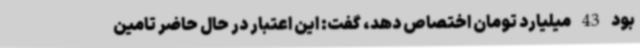
بود 43 میلیارد تومان اختصاص دهد، گفت: این اعتبار در حال حاضر تامین